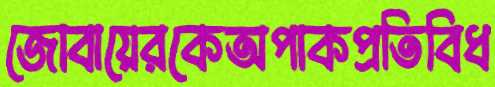
জোবায়েরকেঅপাকপ্রতিবিধ